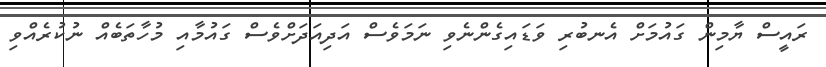
ރައީސް ޔާމިން ގައުމަށް އެނބުރި ވަޑައިގެންނެވި ނަމަވެސް އަދިއަދަށްވެސް ގައުމާއި މުހާތަބެއް ނުކުރެއްވި